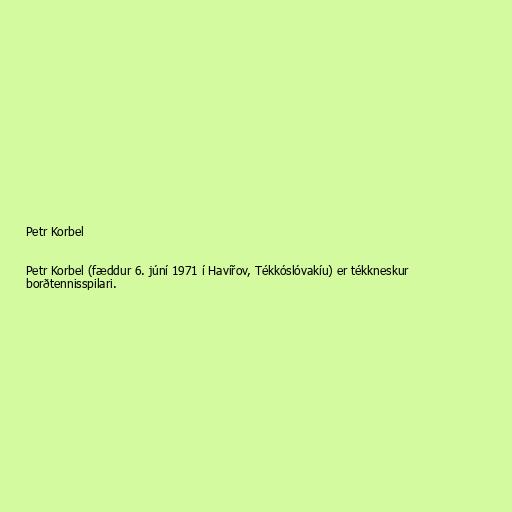
Petr Korbel

Petr Korbel (fæddur 6. júní 1971 í Havířov, Tékkóslóvakíu) er tékkneskur
borðtennisspilari.